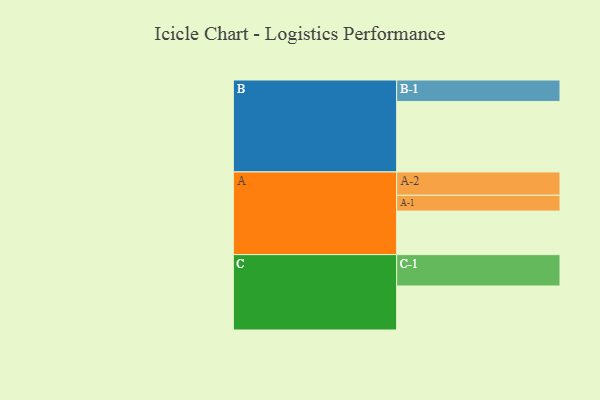
{"axis": {"x": "Segment", "y": "Value"}, "legend": ["", "A", "B", "C"], "data": [{"x": "A", "y": 347, "type": ""}, {"x": "B", "y": 562, "type": ""}, {"x": "C", "y": 351, "type": ""}, {"x": "A-1", "y": 126, "type": "A"}, {"x": "A-2", "y": 186, "type": "A"}, {"x": "B-1", "y": 171, "type": "B"}, {"x": "C-1", "y": 250, "type": "C"}]}